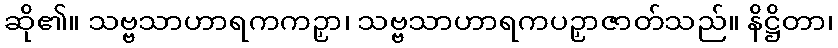
ဆို၏။ သဗ္ဗသာဟာရကကဉှာ၊ သဗ္ဗသာဟာရကပဉှာဇာတ်သည်။ နိဋ္ဌိတာ၊